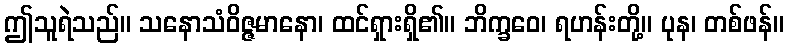
ဤသူရဲသည်။ သနောသံဝိဇ္ဇမာနော၊ ထင်ရှားရှိ၏။ ဘိက္ခဝေ၊ ရဟန်းတို့။ ပုန၊ တစ်ဖန်။